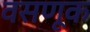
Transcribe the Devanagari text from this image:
वसणूक